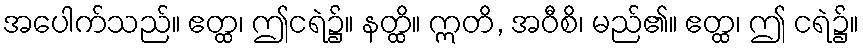
အပေါက်သည်။ ဧတ္ထ၊ ဤငရဲ၌။ နတ္ထိ။ ဣတိ, အဝီစိ၊ မည်၏။ ဧတ္ထ၊ ဤ ငရဲ၌။